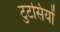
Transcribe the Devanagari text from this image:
टुटसियों